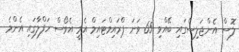
ލޮސް އެންޖަލިސްގައި ބޭއްވި 65 ވަނަ ޕްރައިމްޓައިމް އެމީ އެވޯސް ހަފްލާގައި އެންމެ